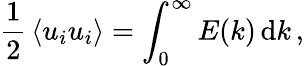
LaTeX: {\frac{1}{2}}\left\langle u_{i}u_{i}\right\rangle=\int_{0}^{\infty}E(k)\, \mathrm{d}k\, ,